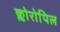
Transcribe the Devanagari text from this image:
क्लोरोपिल